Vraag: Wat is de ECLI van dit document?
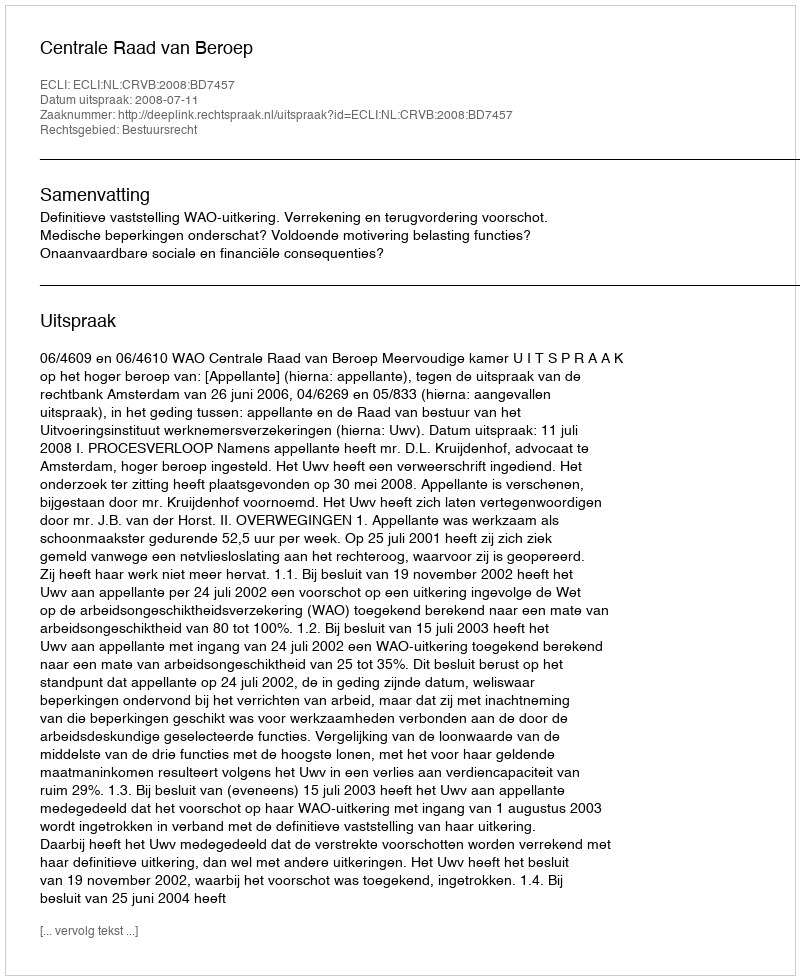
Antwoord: ECLI:NL:CRVB:2008:BD7457